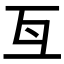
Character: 𠀕